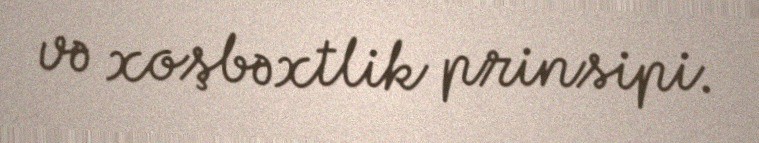
və xoşbəxtlik prinsipi.